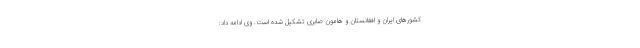
کشورهای ایران و افغانستان و هامون صابری تشکیل شده است. وی ادامه داد: